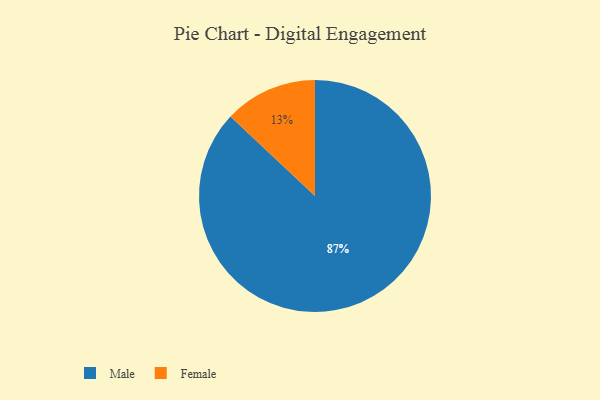
{"axis": {"x": "Category", "y": "Percentage"}, "legend": ["Female", "Male"], "data": [{"x": "Female", "y": 13, "type": "Female"}, {"x": "Male", "y": 87, "type": "Male"}]}